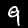
Label: 9